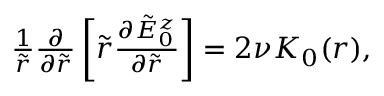
\begin{array} { r } { \frac { 1 } { \tilde { r } } \frac { \partial } { \partial \tilde { r } } \left[ \tilde { r } \frac { \partial \tilde { E } _ { 0 } ^ { z } } { \partial \tilde { r } } \right] = 2 \nu K _ { 0 } ( r ) , } \end{array}